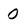
Character: 0